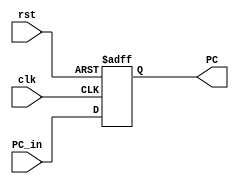
module MEM_Stage_Reg(
    input clk, rst,
    input [31:0] PC_in,
    output reg [31:0] PC
);

    always @(posedge clk, posedge rst) begin
        if(rst) begin
			PC <= 32'b0;
		end
        else begin
            PC <= PC_in;
        end 
    end

endmodule